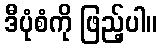
ဒီပုံစံကို ဖြည့်ပါ။